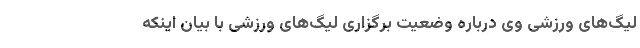
لیگ‌های ورزشی وی درباره وضعیت برگزاری لیگ‌های ورزشی با بیان اینکه